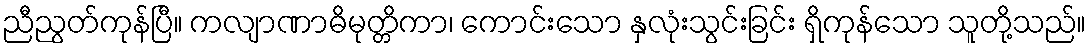
ညီညွတ်ကုန်ပြီ။ ကလျာဏာဓိမုတ္တိကာ၊ ကောင်းသော နှလုံးသွင်းခြင်း ရှိကုန်သော သူတို့သည်။